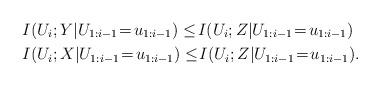
LaTeX: \begin{align*}& I(U_i; Y|U_{1:i-1}\!=\!u_{1:i-1}) \le \!I(U_i;Z|U_{1:i-1}\!=\!u_{1:i-1}) \\ & I(U_i; X|U_{1:i-1}\!=\!u_{1:i-1})\le \!I(U_i;Z|U_{1:i-1}\!=\!u_{1:i-1}). \end{align*}